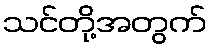
သင်တို့အတွက်